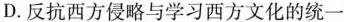
D.反抗西方侵略与学习西方文化的统一